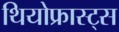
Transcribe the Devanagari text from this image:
थियोफ्रास्ट्स